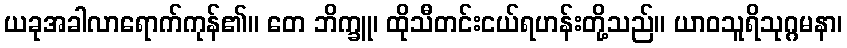
ယခုအခါလာရောက်ကုန်၏။ တေ ဘိက္ခူ၊ ထိုသီတင်းငယ်ရဟန်းတို့သည်။ ယာဝသူရိသုဂ္ဂမနာ၊